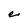
Character: e